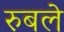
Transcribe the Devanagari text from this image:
रुबले